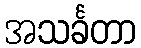
အသင်္ခတာ